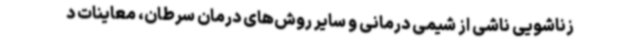
زناشویی ناشی از شیمی درمانی و سایر روش‌های درمان سرطان، معاینات د